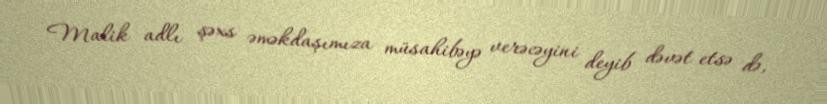
Malik adlı şəxs əməkdaşımıza müsahibəyə verəcəyini deyib dəvət etsə də,